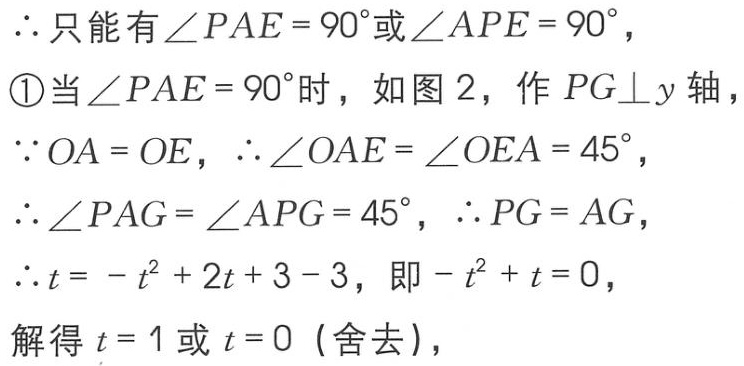
$\therefore 只能有\angle PAE = 90^{\circ}或\angle APE = 90^{\circ}，$

\textcircled{1}$当\angle PAE = 90^{\circ}时，如图\ 2，作\ PG\perp y\ 轴，$

$\because OA = OE，\therefore \angle OAE = \angle OEA = 45^{\circ}，$

$\therefore \angle PAG = \angle APG = 45^{\circ}，\therefore PG = AG，$

$\therefore t = -t^{2} + 2t + 3 - 3，即 -t^{2} + t = 0，$

$解得\ t = 1\ 或\ t = 0\ (舍去)，$